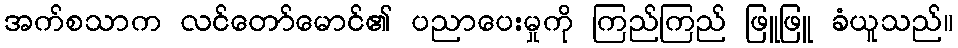
အက်စသာက လင်တော်မောင်၏ ပညာပေးမှုကို ကြည်ကြည် ဖြူဖြူ ခံယူသည်။